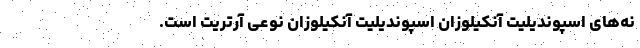
نه‌های اسپوندیلیت آنکیلوزان اسپوندیلیت آنکیلوزان نوعی آرتریت است.